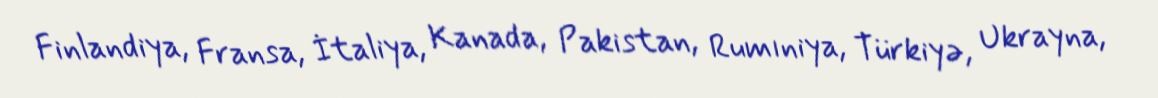
Finlandiya, Fransa, İtaliya, Kanada, Pakistan, Rumıniya, Türkiyə, Ukrayna,